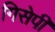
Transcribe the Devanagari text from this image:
गिसेपी